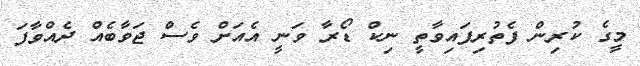
މީގެ ކުރިން ފެތުރިފައިވާތީ ނިކް ޑޯރާ ވަނީ އެއަށް ވެސް ޖަވާބެއް ދެއްވާފަ